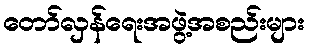
တော်လှန်ရေးအဖွဲ့အစည်းများ